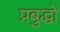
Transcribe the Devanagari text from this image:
प्रबुद्धो